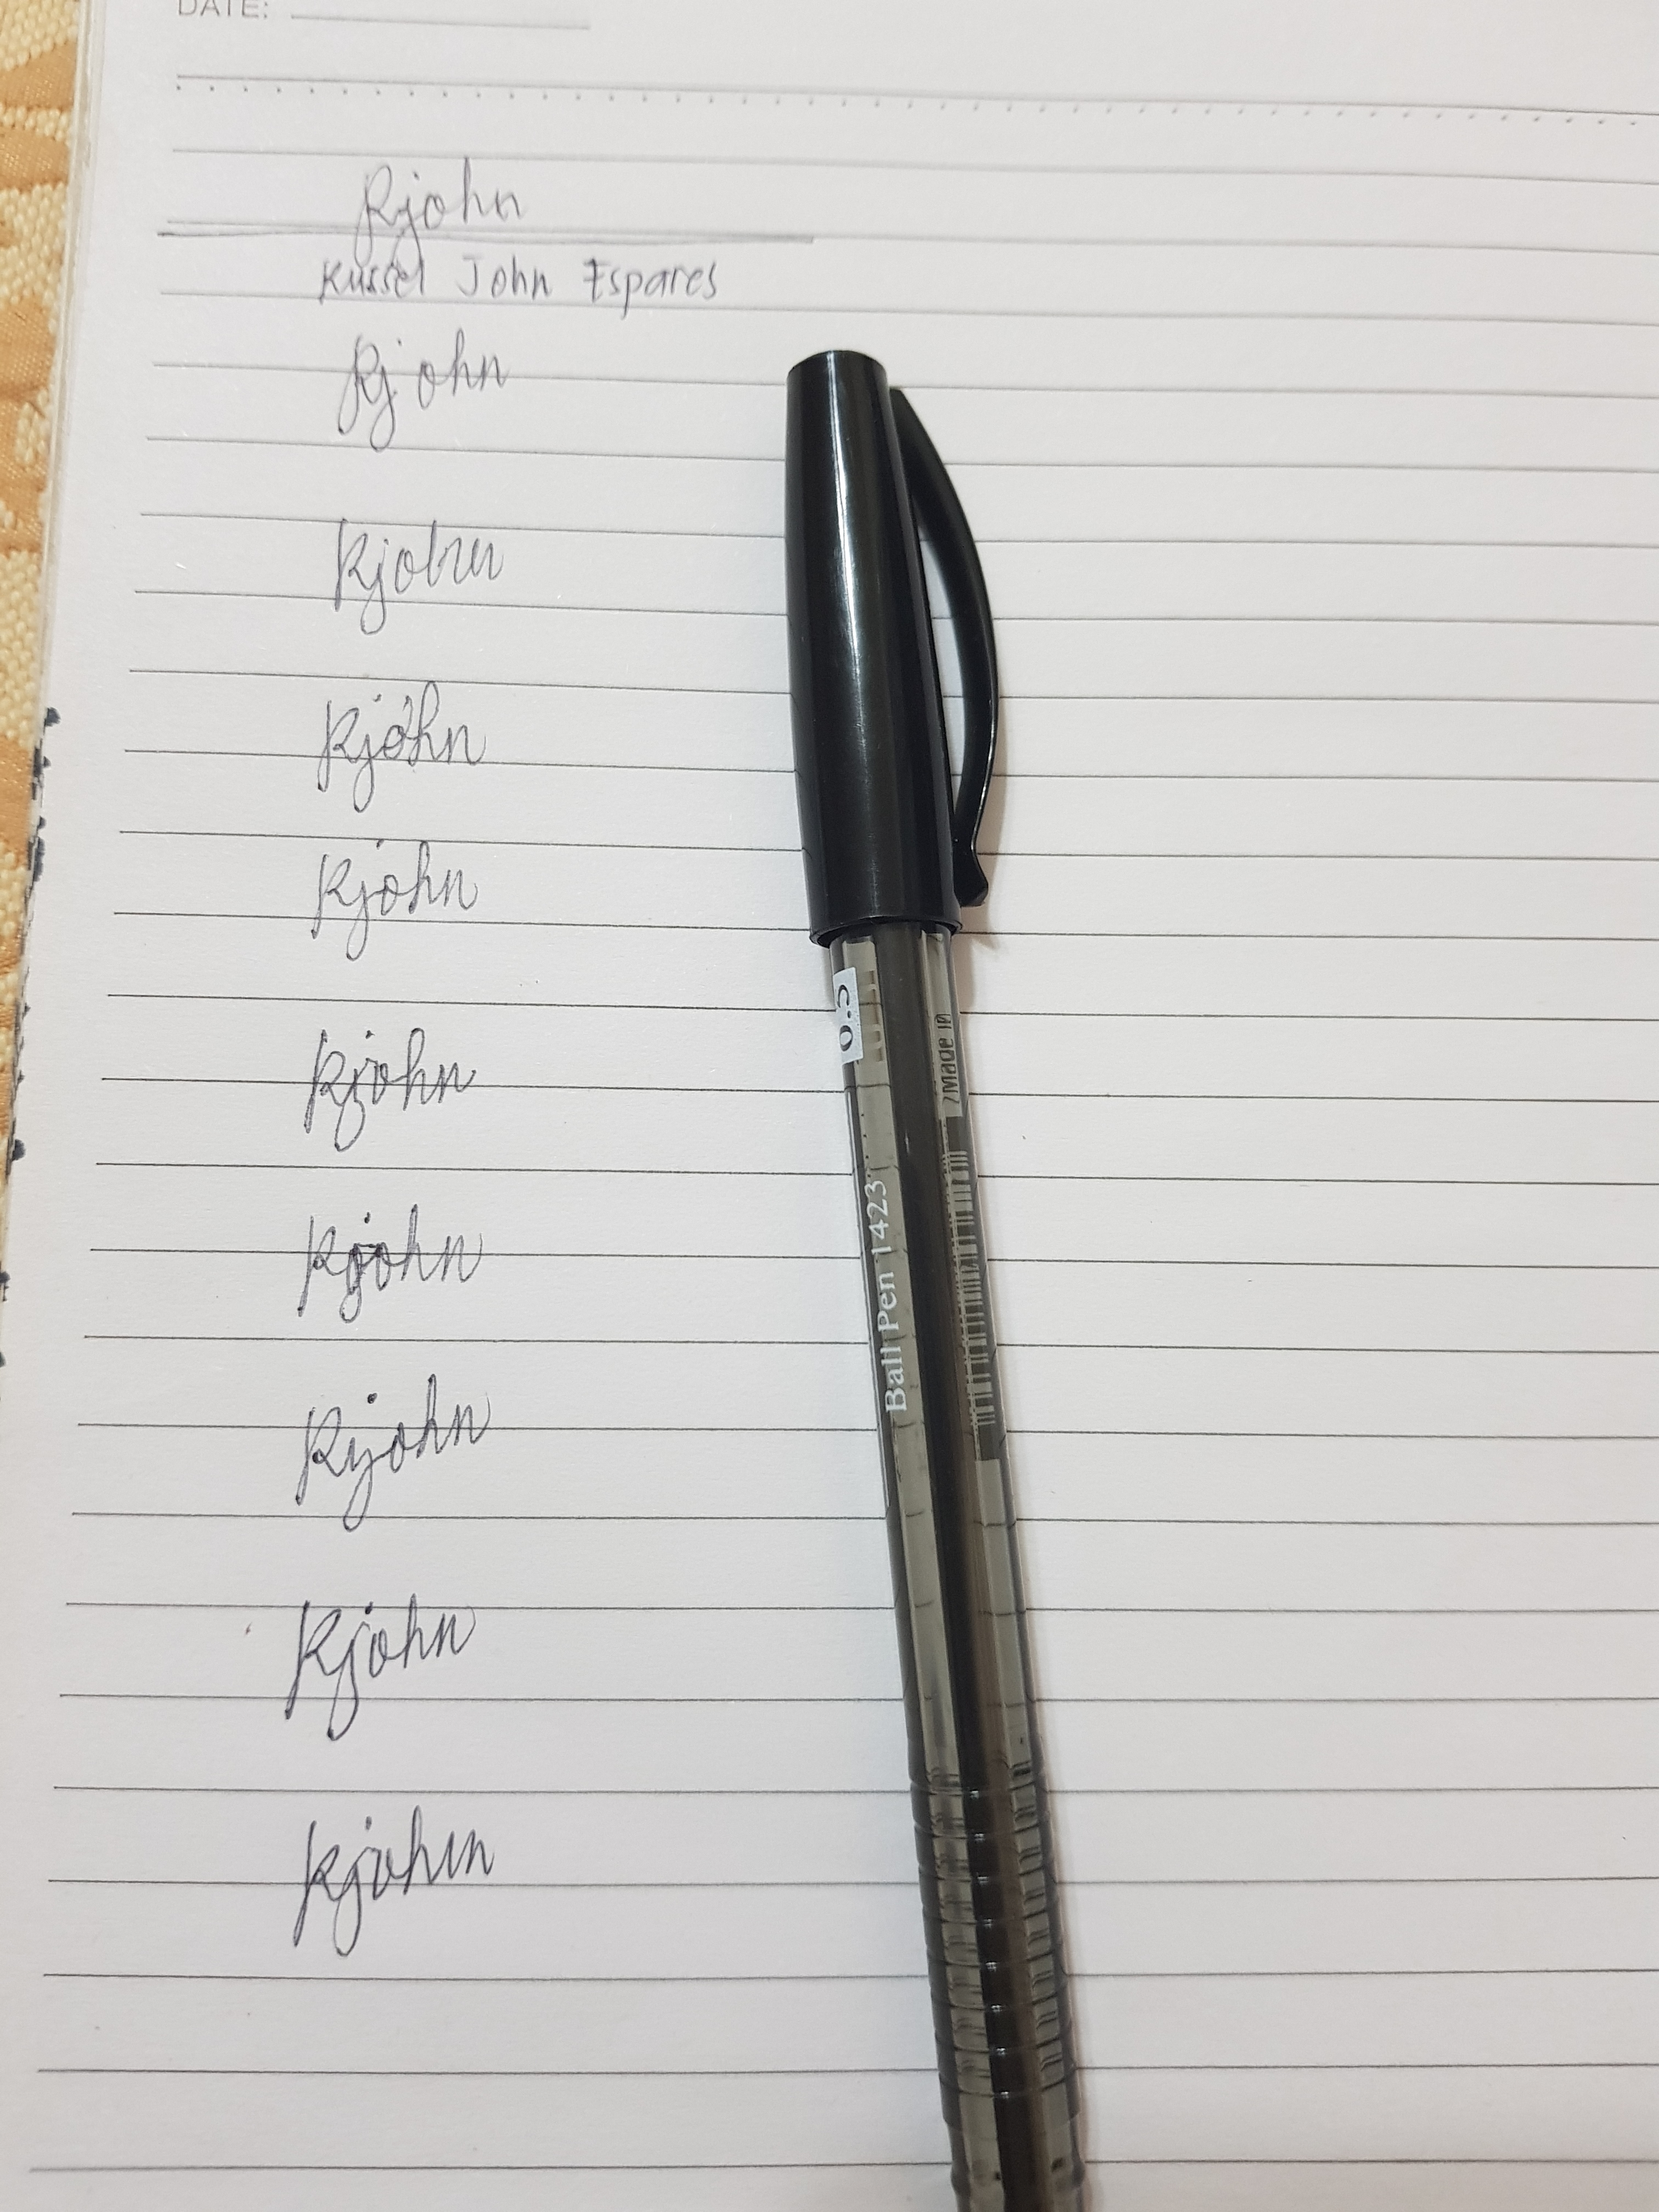
Signature authenticity: genuine